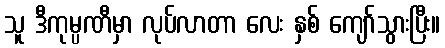
သူ ဒီကုမ္ပဏီမှာ လုပ်လာတာ လေး နှစ် ကျော်သွားပြီး။